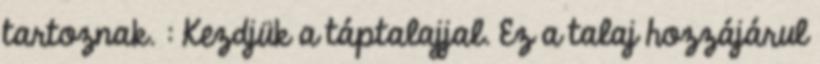
tartoznak. : Kezdjük a táptalajjal. Ez a talaj hozzájárul